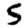
Digit: 5